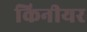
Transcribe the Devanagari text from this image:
किनीयर